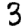
Digit: 3